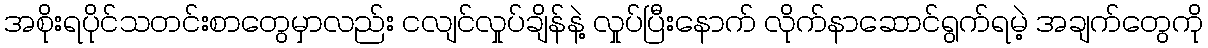
အစိုးရပိုင်သတင်းစာတွေမှာလည်း ငလျင်လှုပ်ချိန်နဲ့ လှုပ်ပြီးနောက် လိုက်နာဆောင်ရွက်ရမဲ့ အချက်တွေကို